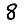
Digit: 8